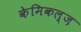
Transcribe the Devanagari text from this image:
केमिकल्ज़